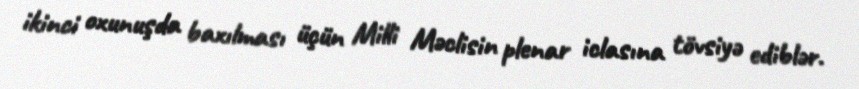
ikinci oxunuşda baxılması üçün Milli Məclisin plenar iclasına tövsiyə ediblər.